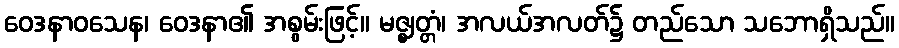
ဝေဒနာဝသေန၊ ဝေဒနာ၏ အစွမ်းဖြင့်။ မဇ္ဈတ္တံ၊ အလယ်အလတ်၌ တည်သော သဘောရှိသည်။